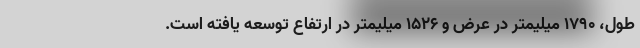
طول، 1790 میلیمتر در عرض و 1526 میلیمتر در ارتفاع توسعه یافته است.